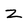
Character: z